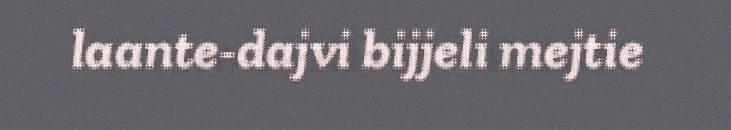
laante-dajvi bijjeli mejtie